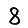
Digit: 8